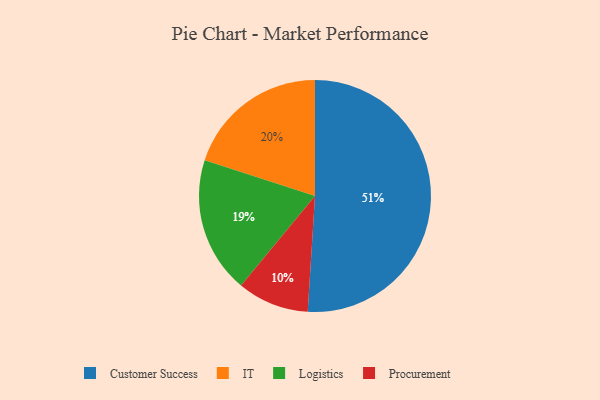
{"axis": {"x": "Category", "y": "Percentage"}, "legend": ["Customer Success", "IT", "Logistics", "Procurement"], "data": [{"x": "Customer Success", "y": 51, "type": "Customer Success"}, {"x": "IT", "y": 20, "type": "IT"}, {"x": "Logistics", "y": 19, "type": "Logistics"}, {"x": "Procurement", "y": 10, "type": "Procurement"}]}